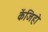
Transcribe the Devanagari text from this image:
केंजिहो